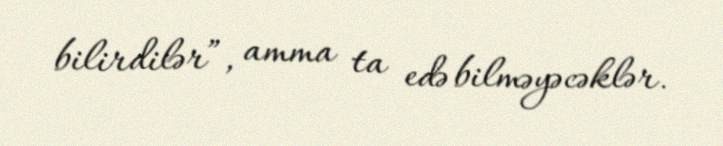
bilirdilər”, amma ta edə bilməyəcəklər.